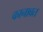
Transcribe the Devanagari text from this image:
कानावत